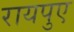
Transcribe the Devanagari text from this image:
रायपुए